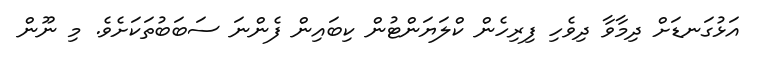
އަޅުގަނޑަށް ދިމާވާ ދިވެހި ފިރިހެން ކްލަޔަންޓުން ކިބައިން ފެންނަ ސަބަބުތަކަށެވެ. މި ނޫން